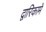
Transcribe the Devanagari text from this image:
द्वारिकामें